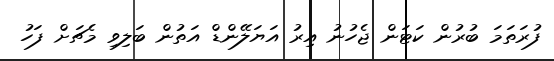
ފުރަތަމަ ބުރުން ކަޓަން ޖެހުނު އިރު އަޔަލޭންޑް އަތުން ބަލިވި މެޗަށް ފަހު